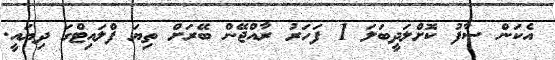
އެކަން ސާފު ކޮށްލަދީބަލަ 1 ފަހަރު ރާއްޖޭން ބޭރަށް ތިޔަ ފްލައިޓްގަ ދިޔައީ.